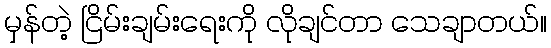
မှန်တဲ့ ငြိမ်းချမ်းရေးကို လိုချင်တာ သေချာတယ်။